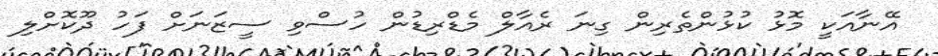
އޭނާއަކީ މޮޅު ކުޅުންތެރިން ގިނަ ރެއާލް މެޑްރިޑުން ހުސްވި ސީޒަނަށް ފަހު ދޫކޮށްލި